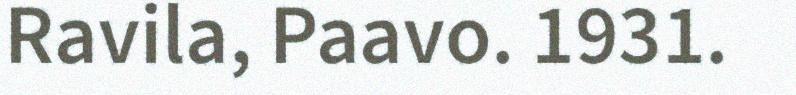
Ravila, Paavo. 1931.